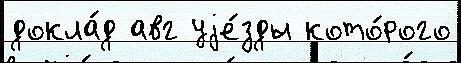
докла́д авг уjе́зды кото́рого